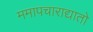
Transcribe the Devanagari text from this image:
ममापचाराद्यातो